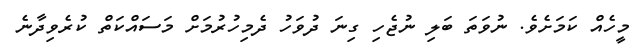
މީހެއް ކަމަށެވެ. ނުވަތަ ބަލި ނުޖެހި ގިނަ ދުވަހު ދެމިހުރުމަށް މަސައްކަތް ކުރެވިދާނެ